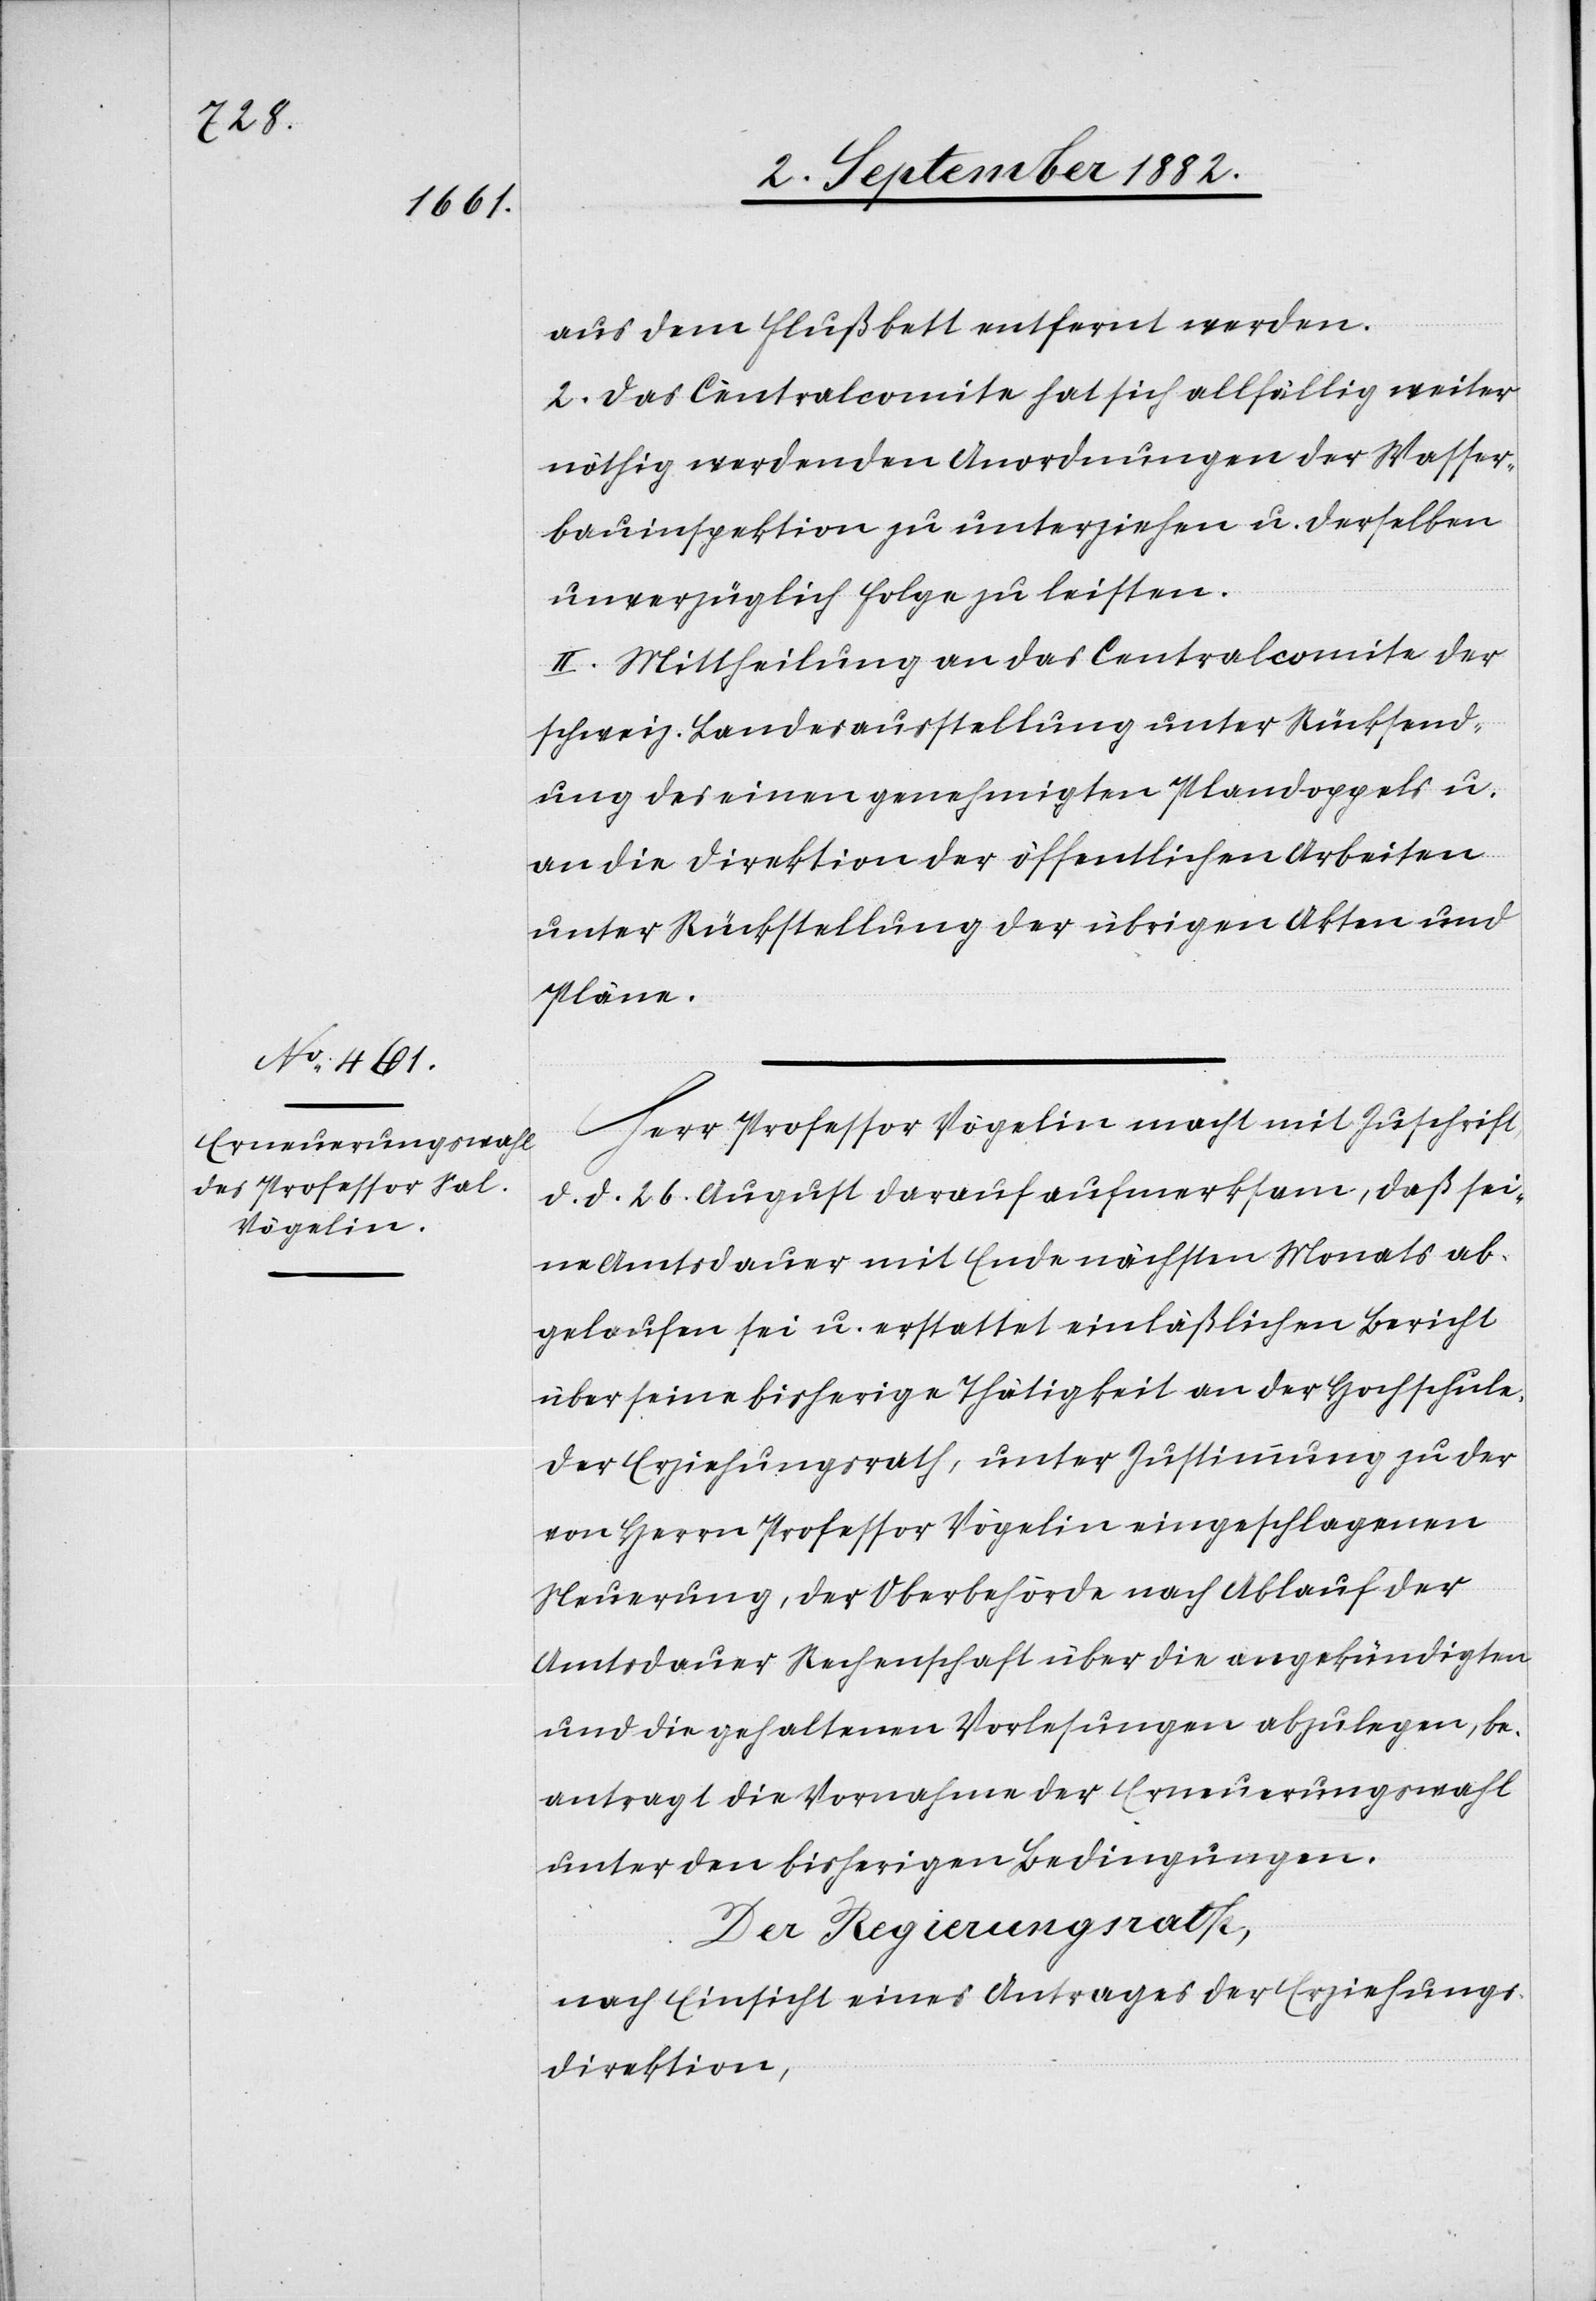
aus dem Flußbett entfernt werden.
2. Das Centralcomite hat sich allfällig weiter
nöthig werdenden Anordnungen der Wasser¬
bauinspektion zu unterziehen u. derselben
unverzüglich Folge zu leisten.
II. Mittheilung an das Centralcomite der
schweiz. Landesausstellung unter Rücksend¬
ung des einen genehmigten Plandoppels u.
an die Direktion der öffentlichen Arbeiten
unter Rückstellung der übrigen Akten und
Pläne.
Herr Professor Vögelin macht mit Zuschrift
d. d. 26. August darauf aufmerksam, daß sei¬
ne Amtsdauer mit Ende nächsten Monats ab¬
gelaufen sei u. erstattet einläßlichen Bericht
über seine bisherige Thätigkeit an der Hochschule.
Der Erziehungsrath, unter Zustimmung zu der
von Herrn Professor Vögelin eingeschlagenen
Neuerung, der Oberbehörde nach Ablauf der
Amtsdauer Rechenschaft über die angekündigten
und die gehaltenen Vorlesungen abzulegen, be¬
antragt die Vornahme der Erneuerungswahl
unter den bisherigen Bedingungen.
Der Regierungsrath,
nach Einsicht eines Antrages der Erziehungs¬
direktion,